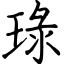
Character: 琭